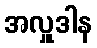
အလှူဒါန